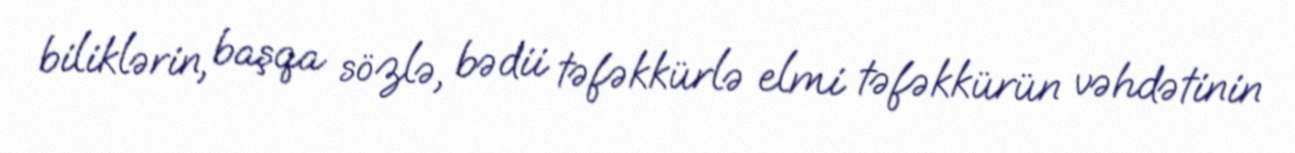
biliklərin, başqa sözlə, bədii təfəkkürlə elmi təfəkkürün vəhdətinin